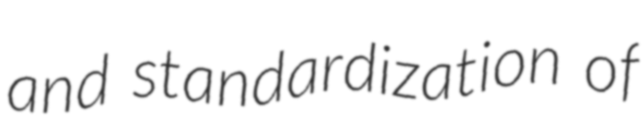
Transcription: and standardization of